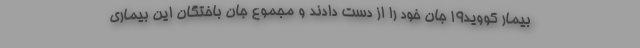
بیمار کووید۱۹ جان خود را از دست دادند و مجموع جان باختگان این بیماری